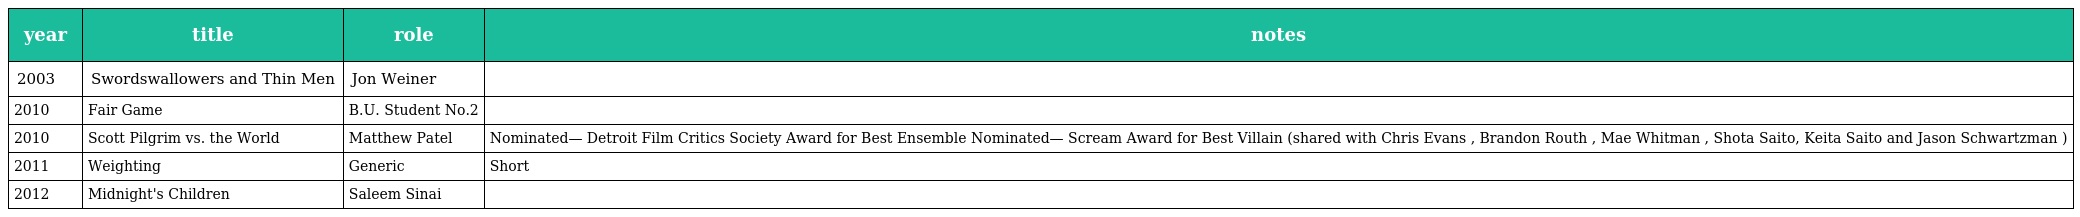
| year | title | role | notes |
 | --- | --- | --- | --- |
 | 2003 | Swordswallowers and Thin Men | Jon Weiner |  |
 | 2010 | Fair Game | B.U. Student No.2 |  |
 | 2010 | Scott Pilgrim vs. the World | Matthew Patel | Nominated— Detroit Film Critics Society Award for Best Ensemble Nominated— Scream Award for Best Villain (shared with Chris Evans , Brandon Routh , Mae Whitman , Shota Saito, Keita Saito and Jason Schwartzman ) |
 | 2011 | Weighting | Generic | Short |
 | 2012 | Midnight's Children | Saleem Sinai |  |